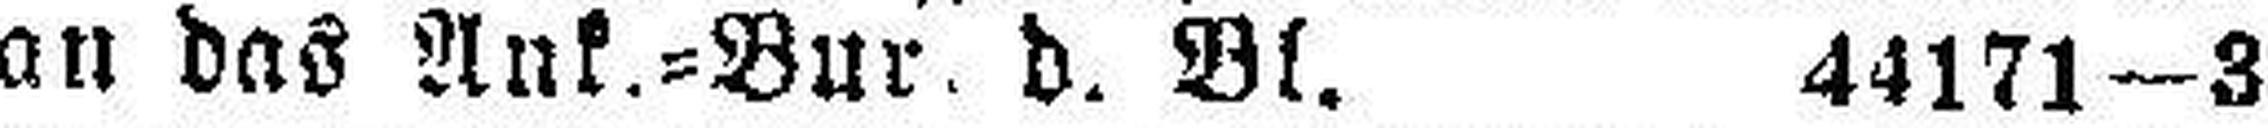
an das Ank.=Bur. d. Bl. 44171-3